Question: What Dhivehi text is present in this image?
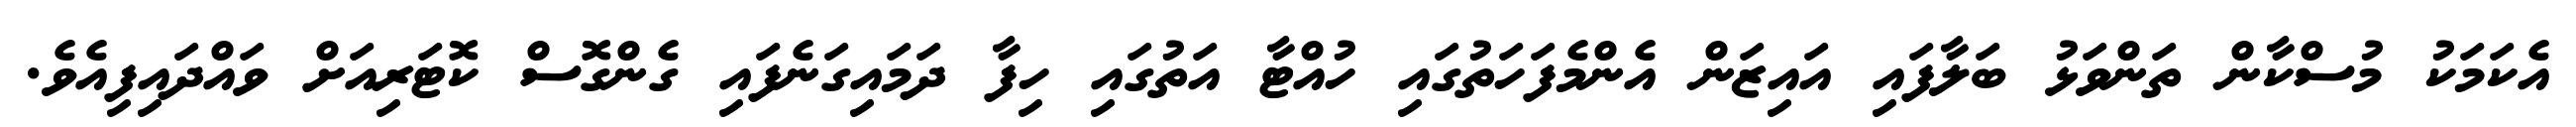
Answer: އެކަމަކު މުސްކާން ތަންވަޅު ބަލާފައި އައިޒަން އެންމެފަހަތުގައި ހުއްޓާ އަތުގައި ހިފާ ދަމައިގަނެފައި ގެންގޮސް ކޮޓަރިއަށް ވައްދައިފިއެވެ.